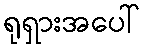
ရုရှားအပေါ်